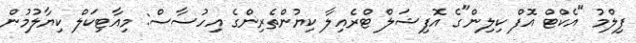
ފިލްމު "އެކްޓް އޮފް ކިލިން"ގެ އޮފިޝަލް ޓްރެއިލާ ކިޔުންތެރިންގެ އިހުސާސް: މިއާޓިކަލް ކިޔާލުމުން